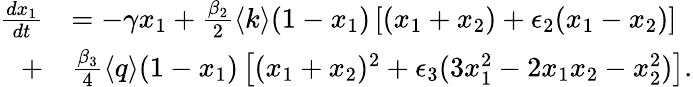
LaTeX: \begin{array}{rl}{\frac{dx_{1}}{dt}}&{=-\gamma x_{1}+\frac{\beta_{2}}{2}\langle k\rangle(1-x_{1})\left[(x_{1}+x_{2})+\epsilon_{2}(x_{1}-x_{2})\right]}\\ {+}&{\frac{\beta_{3}}{4}\langle q\rangle(1-x_{1})\left[(x_{1}+x_{2})^{2}+\epsilon_{3}(3x_{1}^{2}-2x_{1}x_{2}-x_{2}^{2})\right].}\end{array}